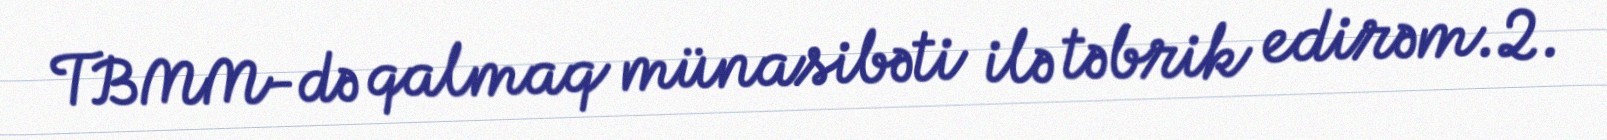
TBMM-də qalmaq münasibəti ilə təbrik edirəm.2.